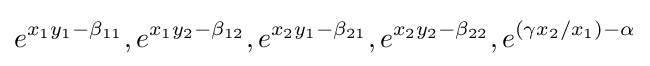
e^{x_{1}y_{1}-\beta _{11}},e^{x_{1}y_{2}-\beta _{12}},e^{x_{2}y_{1}-\beta _{21}},e^{x_{2}y_{2}-\beta _{22}},e^{(\gamma x_{2}/x_{1})-\alpha }